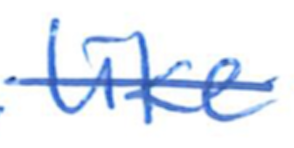
Text: like
Cross-out: single-line
Writing tool: ballpoint